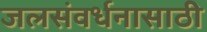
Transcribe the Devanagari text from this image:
जलसंवर्धनासाठी